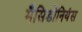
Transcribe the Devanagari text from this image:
मैसिडोनियंस